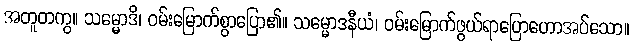
အတူတကွ။ သမ္မောဒိ၊ ဝမ်းမြောက်စွာပြော၏။ သမ္မောဒနီယံ၊ ဝမ်းမြောက်ဖွယ်ရာပြောဟောအပ်သော။